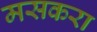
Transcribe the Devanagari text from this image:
मसकरा